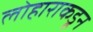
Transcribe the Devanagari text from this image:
लोहाराकडून